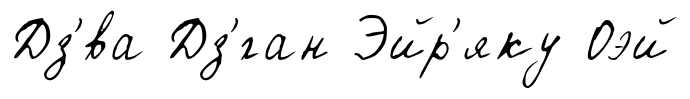
Дз'́ва Дз'́ган Эйр'яку Оэй